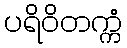
ပရိဝိတက္ကံ